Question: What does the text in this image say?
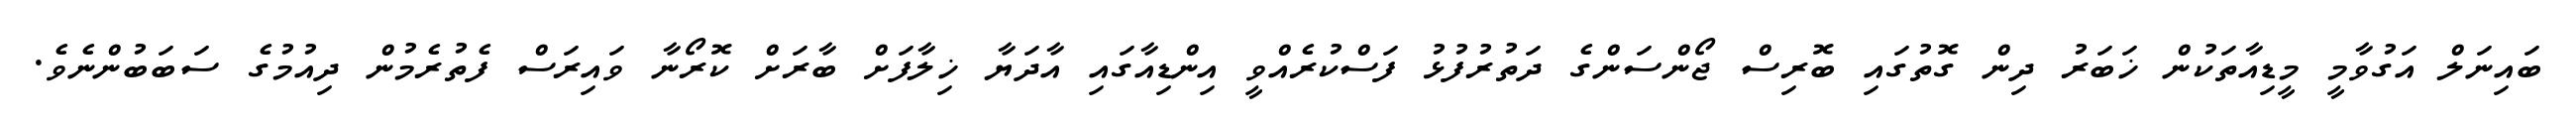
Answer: ބައިނަލް އަގުވާމީ މީޑިއާތަކުން ޚަބަރު ދިން ގޮތުގައި ބޮރިސް ޖޯންސަންގެ ދަތުރުފުޅު ފަސްކުރެއްވީ އިންޑިއާގައި އާދަޔާ ޚިލާފަށް ބާރަށް ކޮރޯނާ ވައިރަސް ފެތުރެމުން ދިއުމުގެ ސަބަބުންނެވެ.